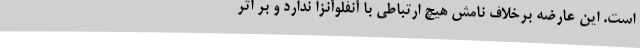
است. این عارضه برخلاف نامش هیچ ارتباطی با آنفلوآنزا ندارد و بر اثر